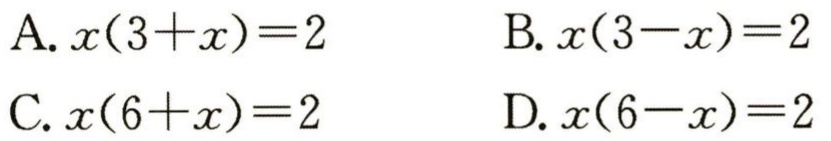
A. \(x(3 + x)=2\)
B. \(x(3 - x)=2\)
C. \(x(6 + x)=2\)
D. \(x(6 - x)=2\)